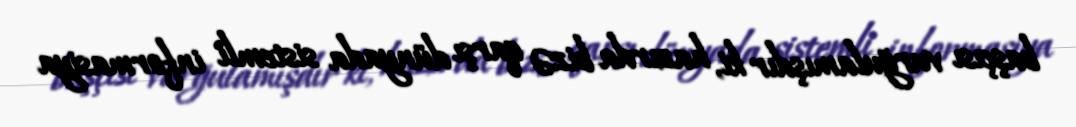
başçısı vurğulamışdır ki, hazırda bizə qarşı dünyada sistemli informasiya